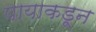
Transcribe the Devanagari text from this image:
पायाकडून